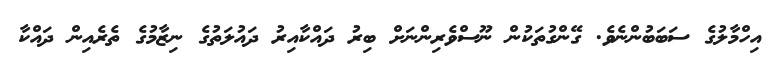
އިހްމާލުގެ ސަބަބުންނެވެ. ގޭންގުތަކުން ނޫސްވެރިންނަށް ބިރު ދައްކާއިރު ދައުލަތުގެ ނިޒާމުގެ ތެރެއިން ދައްކާ